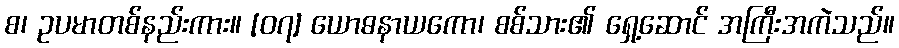
စ၊ ဥပမာတစ်နည်းကား။ [၀၇] ယောဓနာယကော၊ စစ်သား၏ ရှေ့ဆောင် အကြီးအကဲသည်။